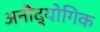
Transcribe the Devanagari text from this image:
अनौद्योगिक